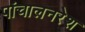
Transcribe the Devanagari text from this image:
पांचालनरेश